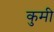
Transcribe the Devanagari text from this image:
कुमी